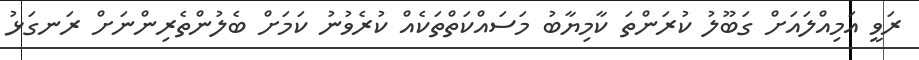
ރަވީ އަމިއްލައަށް ގަބޫލު ކުރަންތަ ކާމިޔާބު މަސައްކަތްތަކެއް ކުރެވުނު ކަމަށް ބެލުންތެރިންނަށް ރަނގަޅު